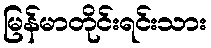
မြန်မာတိုင်းရင်းသား